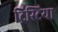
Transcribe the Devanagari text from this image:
ट्रिस्टिया